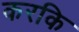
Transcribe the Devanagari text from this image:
करकि